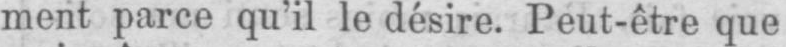
ment parce qu’il le désire. Peut-être que